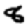
Digit: 8